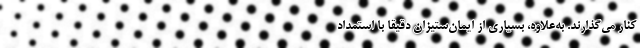
کنار می‌گذارند. به‌علاوه، بسیاری از ایمان‌ستیزان دقیقاً با استمداد